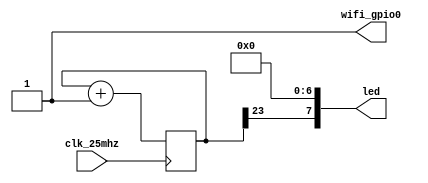
// This program was cloned from: https://github.com/FPGAwars/apio-examples
// License: GNU General Public License v2.0

//------------------------------------------------------------------
//-- Blinking LED7 (Blue)
//------------------------------------------------------------------

module top(
    input clk_25mhz,    //-- 25Mhz clock
    output [7:0] led,   //-- LEDs
    output wifi_gpio0
);

    // Tie GPIO0, keep board from rebooting
    assign wifi_gpio0 = 1'b1;

    //-- Turn off all the LEDs except LED7
    assign led[6:0] = 7'b0;

    //-- 24 bits counter
    reg [23:0] counter = 0;

    always @(posedge clk_25mhz) 
        counter <= counter + 1;

    //-- The most significant bit of the counter
    //-- is diplayed on LED7 (blue)
    assign led[7] = counter[23];

endmodule